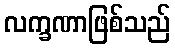
လက္ခဏာဖြစ်သည်